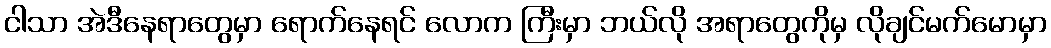
ငါသာ အဲဒီနေရာတွေမှာ ရောက်နေရင် လောက ကြီးမှာ ဘယ်လို အရာတွေကိုမှ လိုချင်မက်မောမှာ